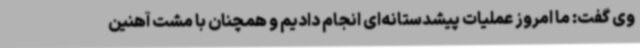
وی گفت: ما امروز عملیات پیشدستانه‌ای انجام دادیم و همچنان با مشت آهنین